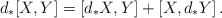
\begin{align*} d_*[X,Y]=[d_*X,Y]+[X,d_*Y]\,. \end{align*}